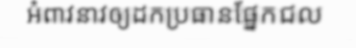
អំពាវនាវឲ្យដកប្រធានផ្នែកជល